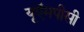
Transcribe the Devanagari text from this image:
यूऍमपीसी